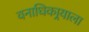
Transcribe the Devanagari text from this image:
वनाधिकार्‍याला